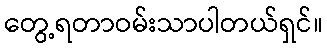
တွေ့ရတာဝမ်းသာပါတယ်ရှင်။